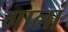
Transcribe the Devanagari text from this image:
गालां